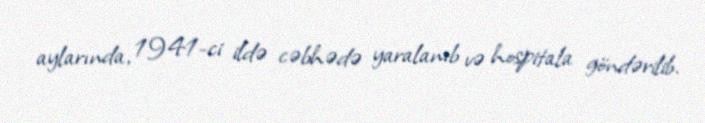
aylarında, 1941-ci ildə cəbhədə yaralanıb və hospitala göndərilib.